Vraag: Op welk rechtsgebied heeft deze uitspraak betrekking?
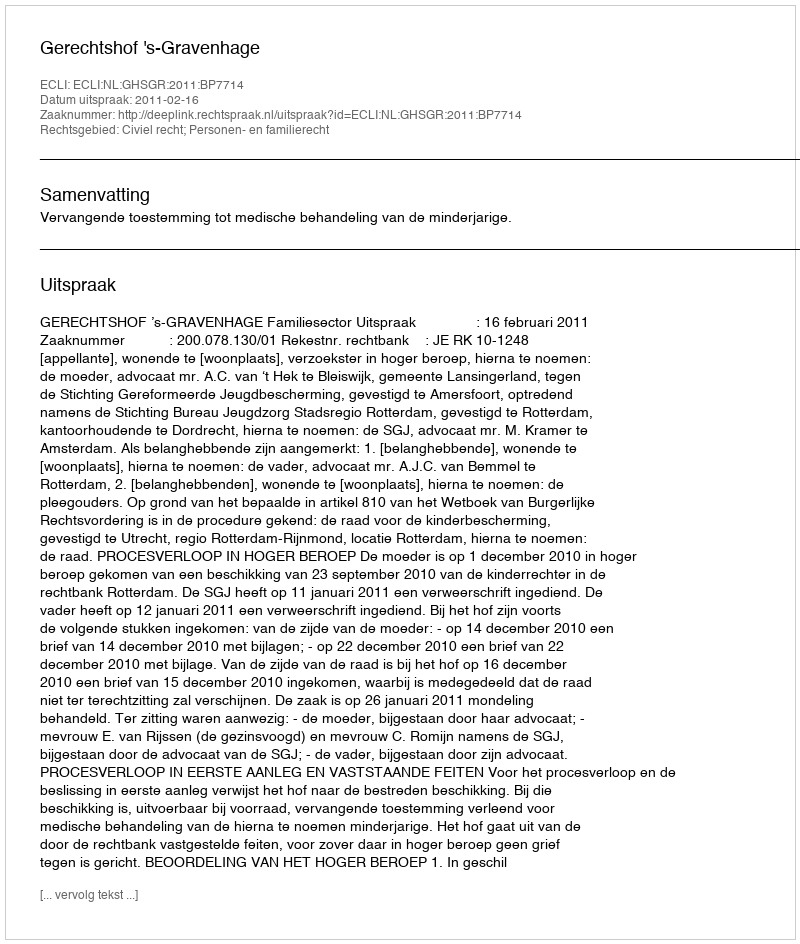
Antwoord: Civiel recht; Personen- en familierecht